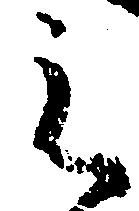
之